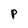
Character: P